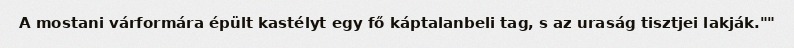
A mostani várformára épült kastélyt egy fő káptalanbeli tag, s az uraság tisztjei lakják.""